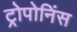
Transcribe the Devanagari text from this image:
ट्रोपोनिंस